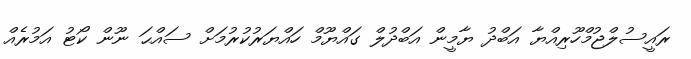
ރައީސުލްޖުމްހޫރިއްޔާ އަބްދު ޔާމީން އަބްދުލް ގައްޔޫމް ހައްޔަރުކުރުމަށް ސައްޙަ ނޫން ކޯޓު އަމުރެއް